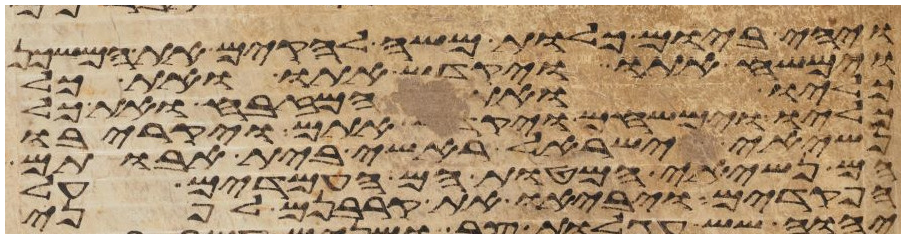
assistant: ויהי ביום כלות משה להקים את המשכן
וימשח אתו ויקדש אתו ואת כל
כליו ואת המזבח ואת כל
כליו וימשחם ויקדש אתם ויקריבו
נשיאי ישראל ראשי בית אבותם
הם נשיאי המטות הם העמדים על
הפקדים ויביאו את קרבנם לפני